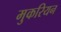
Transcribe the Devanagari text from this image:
मुकरियन